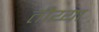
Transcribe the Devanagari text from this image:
तीय्या